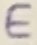
Text: E